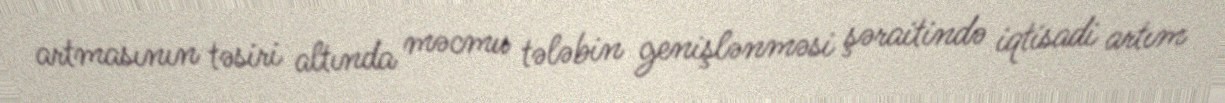
artmasının təsiri altında məcmu tələbin genişlənməsi şəraitində iqtisadi artım